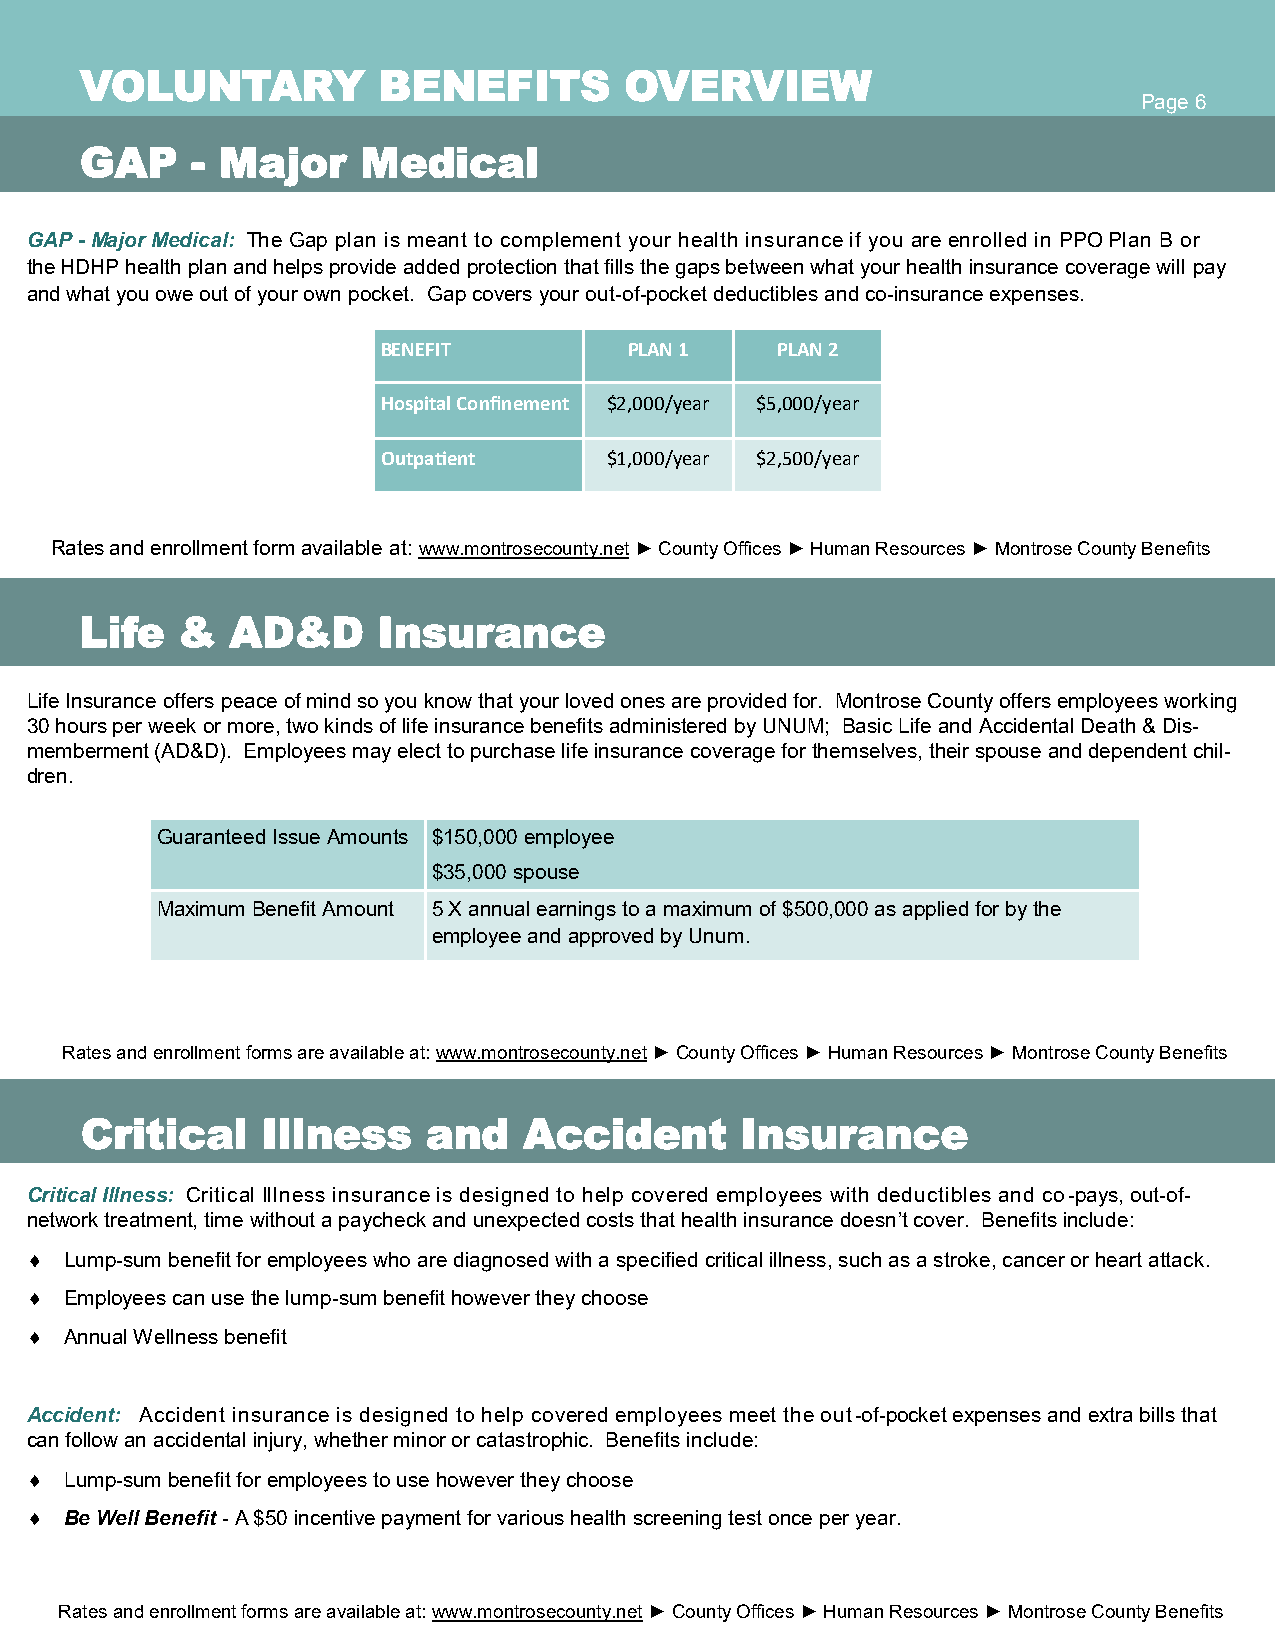
VOLUNTARY           BENEFITS        OVERVIEW
 Page 6
 GAP     - Major    Medical
 GAP - Major Medical: The Gap plan is meant to complement your health insurance if you are enrolled in PPO Plan B or
 the HDHP health plan and helps provide added protection that fills the gaps between what your health insurance coverage will pay
 and what you owe out of your own pocket. Gap covers your out-of-pocket deductibles and co-insurance expenses.
 BENEFIT          PLAN 1   PLAN 2
 Hospital Confinement $2,000/year $5,000/year
 Outpatient     $1,000/year $2,500/year
 Rates and enrollment form available at: www.montrosecounty.net ► County Offices ► Human Resources ► Montrose County Benefits
 Life   &  AD&D      Insurance
 Life Insurance offers peace of mind so you know that your loved ones are provided for. Montrose County offers employees working
 30 hours per week or more, two kinds of life insurance benefits administered by UNUM; Basic Life and Accidental Death & Dis-
 memberment (AD&D). Employees may elect to purchase life insurance coverage for themselves, their spouse and dependent chil-
 dren.
 Guaranteed Issue Amounts $ 150,000 employee
 $35,000 spouse
 Maximum Benefit Amount 5 X annual earnings to a maximum of $500,000 as applied for by the
 employee and approved by Unum.
 Rates and enrollment forms are available at: www.montrosecounty.net ► County Offices ► Human Resources ► Montrose County Benefits
 Critical    Illness    and    Accident      Insurance
 Critical Illness: Critical Illness insurance is designed to help covered employees with deductibles and co-pays, out-of-
 network treatment, time without a paycheck and unexpected costs that health insurance doesn’t cover. Benefits include:
  Lump-sum benefit for employees who are diagnosed with a specified critical illness, such as a stroke, cancer or heart attack.
  Employees can use the lump-sum benefit however they choose
  Annual Wellness benefit
 Accident: Accident insurance is designed to help covered employees meet the out-of-pocket expenses and extra bills that
 can follow an accidental injury, whether minor or catastrophic. Benefits include:
  Lump-sum benefit for employees to use however they choose
  Be Well Benefit - A $50 incentive payment for various health screening test once per year.
 Rates and enrollment forms are available at: www.montrosecounty.net ► County Offices ► Human Resources ► Montrose County Benefits